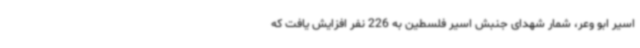
اسیر ابو وعر، شمار شهدای جنبش اسیر فلسطین به 226 نفر افزایش یافت که